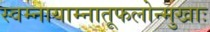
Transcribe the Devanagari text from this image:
स्वम्नायाम्नातूफलोन्मुखाः